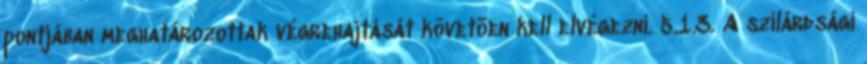
pontjában meghatározottak végrehajtását követõen kell elvégezni. 5.1.3. A szilárdsági